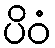
ပိဝံ